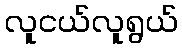
လူငယ်လူရွယ်